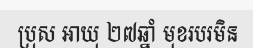
ប្រុស អាយុ ២៧ឆ្នាំ មុខរបរមិន